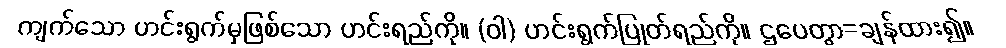
ကျက်သော ဟင်းရွက်မှဖြစ်သော ဟင်းရည်ကို။ (ဝါ) ဟင်းရွက်ပြုတ်ရည်ကို။ ဌပေတွာ=ချန်ထား၍။